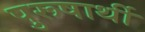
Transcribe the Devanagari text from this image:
पुरूषार्थी